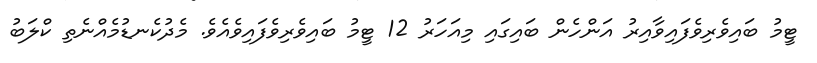
ޓީމު ބައިވެރިވެފައިވާއިރު އަންހެން ބައިގައި މިއަހަރު 12 ޓީމު ބައިވެރިވެފައިވެއެވެ. މެދުކެނޑުމެއްނެތި ކްލަބު